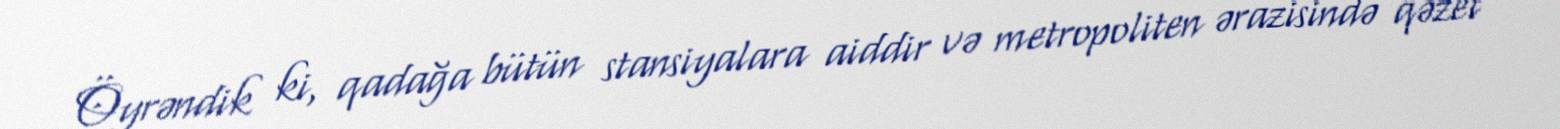
Öyrəndik ki, qadağa bütün stansiyalara aiddir və metropoliten ərazisində qəzet